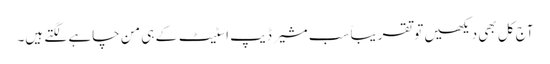
آج کل بھی دیکھیں تو تقریباً سب مشیر ڈیپ اسٹیٹ کے ہی من چاہے لگتے ہیں۔